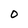
Character: 0